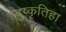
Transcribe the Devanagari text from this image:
दुष्कृतिहा